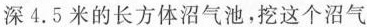
深4.5米的长方体沼气池，挖这个沼气